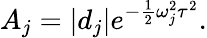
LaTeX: A_{j}=\left|d_{j}\right|e^{-\frac{1}{2}\omega_{j}^{2}\tau^{2}}.